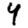
Digit: 4